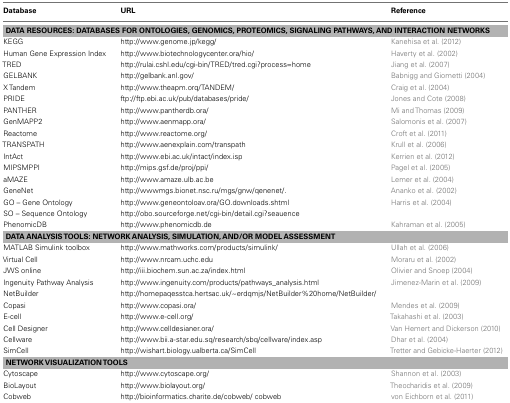
<table><thead><tr><td><b>Database</b></td><td><b>URL</b></td><td><b>Reference</b></td></tr></thead><tbody><tr><td colspan="3"><b>DATA RESOURCES: DATABASES FOR ONTOLOGIES, GENOMICS, PROTEOMICS, SIGNALING PATHWAYS, AND INTERACTION NETWORKS</b></td></tr><tr><td>KEGG</td><td>http://www.genome.jp/kegg/</td><td>Kanehisa et al. (2012)</td></tr><tr><td>Human Gene Expression Index</td><td>http://www.biotechnologycenter.ora/hio/</td><td>Haverty et al. (2002)</td></tr><tr><td>TRED</td><td>http://rulai.cshl.edu/cgi-bin/TRED/tred.cgi?process=home</td><td>Jiang et al. (2007)</td></tr><tr><td>GELBANK</td><td>http://gelbank.anl.gov/</td><td>Babnigg and Giometti (2004)</td></tr><tr><td>X Tandem</td><td>http://www.theapm.orq/TANDEM/</td><td>Craig et al. (2004)</td></tr><tr><td>PRIDE</td><td>ftp://ftp.ebi.ac.uk/pub/databases/pride/</td><td>Jones and Cote (2008)</td></tr><tr><td>PANTHER</td><td>http://www.pantherdb.ora/</td><td>Mi and Thomas (2009)</td></tr><tr><td>GenMAPP2</td><td>http://www.aenmapp.ora/</td><td>Salomonis et al. (2007)</td></tr><tr><td>Reactome</td><td>http://www.reactome.org/</td><td>Croft et al. (2011)</td></tr><tr><td>TRANSPATH</td><td>http://www.aenexplain.com/transpath</td><td>Krull et al. (2006)</td></tr><tr><td>IntAct</td><td>http://www.ebi.ac.uk/intact/index.isp</td><td>Kerrien et al. (2012)</td></tr><tr><td>MIPSMPPI</td><td>http://mips.gsf.de/proj/ppi/</td><td>Pagel et al. (2005)</td></tr><tr><td>aMAZE</td><td>http://www.amaze.ulb.ac.be</td><td>Lemer et al. (2004)</td></tr><tr><td>GeneNet</td><td>http://wwwmgs.bionet.nsc.ru/mgs/gnw/qenenet/.</td><td>Ananko et al. (2002)</td></tr><tr><td>GO – Gene Ontology</td><td>http://www.geneontoloav.ora/GO.downloads.shtml</td><td>Harris et al. (2004)</td></tr><tr><td>SO – Sequence Ontology</td><td>http://obo.sourceforge.net/cgi-bin/detail.cgi?seauence</td><td></td></tr><tr><td>PhenomicDB</td><td>http://www.phenomicdb.de</td><td>Kahraman et al. (2005)</td></tr><tr><td colspan="3"><b>DATA ANALYSIS TOOLS: NETWORK ANALYSIS, SIMULATION, AND/OR MODEL ASSESSMENT</b></td></tr><tr><td>MATLAB Simulink toolbox</td><td>http://www.mathworks.com/products/simulink/</td><td>Ullah et al. (2006)</td></tr><tr><td>Virtual Cell</td><td>http://www.nrcam.uchc.edu</td><td>Moraru et al. (2002)</td></tr><tr><td>JWS online</td><td>http://iii.biochem.sun.ac.za/index.html</td><td>Olivier and Snoep (2004)</td></tr><tr><td>Ingenuity Pathway Analysis</td><td>http://www.ingenuity.com/products/pathways_analysis.html</td><td>Jimenez-Marin et al. (2009)</td></tr><tr><td>NetBuilder</td><td>http://homepaqesstca.hertsac.uk/~erdqmjs/NetBuilder%20home/NetBuilder/</td><td></td></tr><tr><td>Copasi</td><td>http://www.copasi.ora/</td><td>Mendes et al. (2009)</td></tr><tr><td>E-cell</td><td>http://www.e-cell.org/</td><td>Takahashi et al. (2003)</td></tr><tr><td>Cell Designer</td><td>http://www.celldesianer.ora/</td><td>Van Hemert and Dickerson (2010)</td></tr><tr><td>Cellware</td><td>http://www.bii.a-star.edu.sq/research/sbq/cellware/index.asp</td><td>Dhar et al. (2004)</td></tr><tr><td>SimCell</td><td>http://wishart.biology.ualberta.ca/SimCell</td><td>Tretter and Gebicke-Haerter (2012)</td></tr><tr><td colspan="3"><b>NETWORK VISUALIZATION TOOLS</b></td></tr><tr><td>Cytoscape</td><td>http://www.cytoscape.org/</td><td>Shannon et al. (2003)</td></tr><tr><td>BioLayout</td><td>http://www.biolayout.org</td><td>Theocharidis et al. (2009)</td></tr><tr><td>Cobweb</td><td>http://bioinformatics.charite.de/cobweb/ cobweb</td><td>von Eichborn et al. (2011)</td></tr></tbody></table>